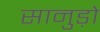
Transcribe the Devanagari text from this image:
सानुड़ो